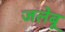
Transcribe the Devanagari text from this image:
जलेबू